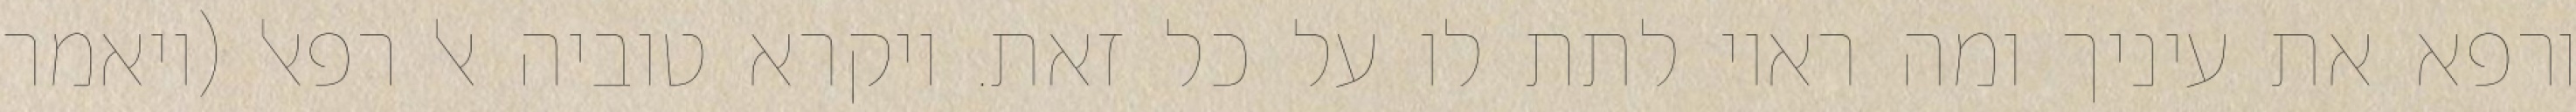
ורפא את עיניך ומה ראוי לתת לו על כל זאת. ויקרא טוביה אל רפאל (ויאמר